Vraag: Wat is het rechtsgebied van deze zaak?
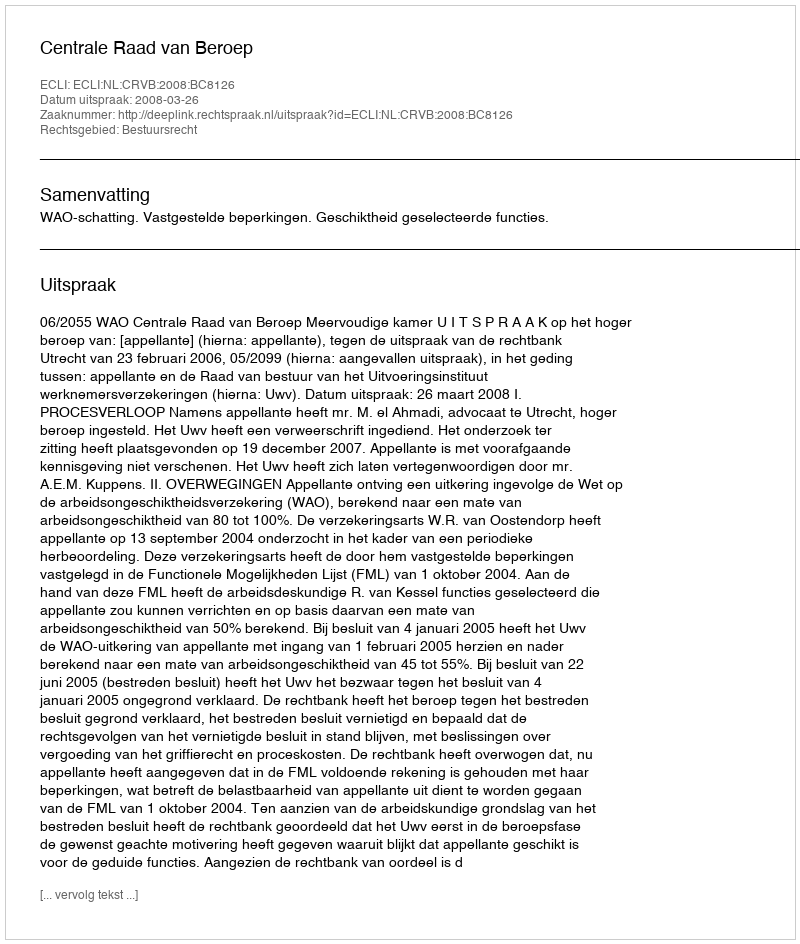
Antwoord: Bestuursrecht